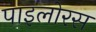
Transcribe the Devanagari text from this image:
पाइलोरस